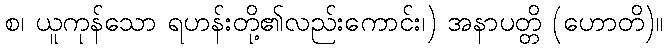
စ၊ ယူကုန်သော ရဟန်းတို့၏လည်းကောင်း၊) အနာပတ္တိ (ဟောတိ)။